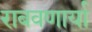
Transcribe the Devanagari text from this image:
राबवणार्या